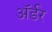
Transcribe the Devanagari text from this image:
ॲर्डर